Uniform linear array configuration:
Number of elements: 24
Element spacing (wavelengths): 0.5
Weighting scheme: hamming
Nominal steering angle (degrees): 60
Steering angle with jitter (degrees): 61.141
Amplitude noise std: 0.05
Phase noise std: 0.05

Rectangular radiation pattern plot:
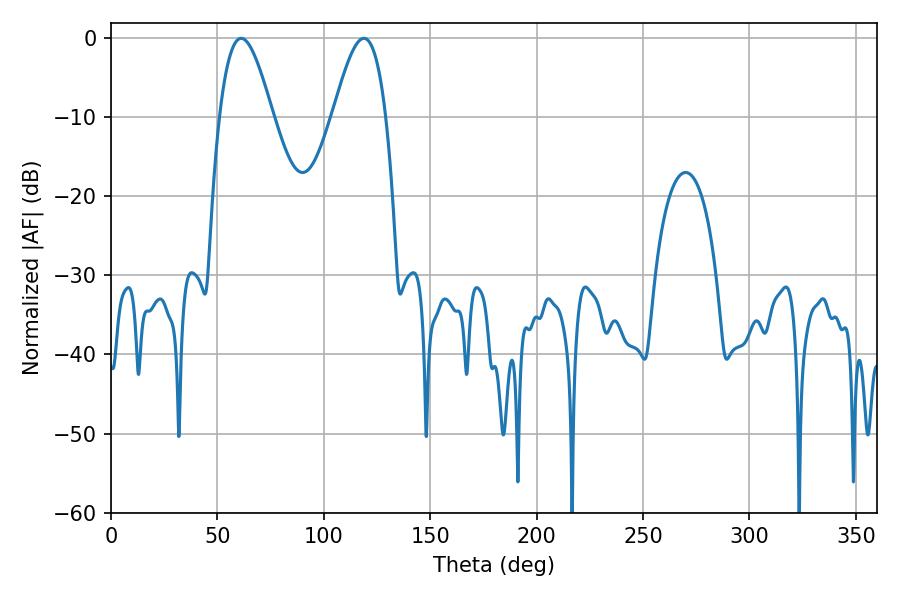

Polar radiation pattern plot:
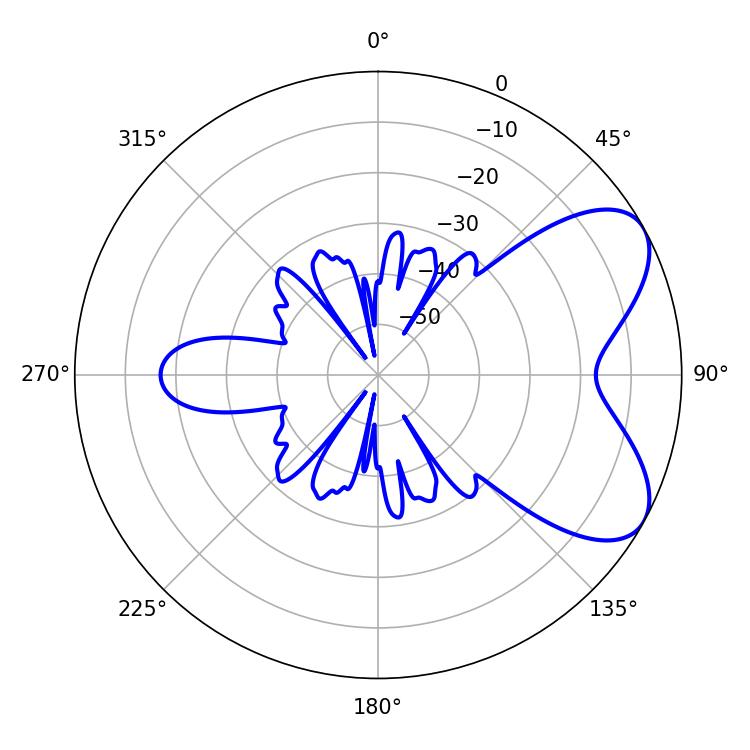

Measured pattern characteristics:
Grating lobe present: FALSE
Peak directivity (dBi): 6.416
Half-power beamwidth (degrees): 13.32
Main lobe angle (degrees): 61.2